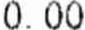
0.00